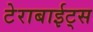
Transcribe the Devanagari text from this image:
टेराबाईट्स